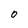
Character: 0